Indian journal of veterinary science and animal husbandry - Volume 3,
Year: 1933
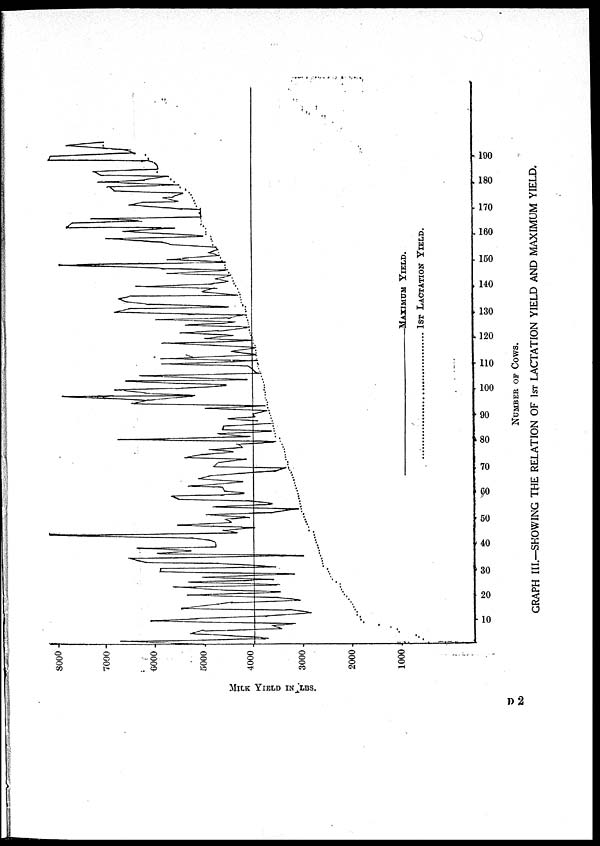
NUMBER OF COWS.
GRAPH III.—SHOWING THE RELATION OF 1ST LACTATION YIELD AND MAXIMUM YIELD.
D2